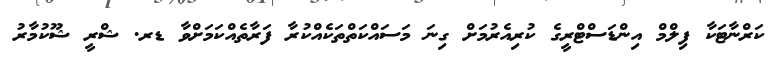
ކަރްނާޓަކާ ފިލްމް އިންޑަސްޓްރީގެ ކުރިއެރުމަށް ގިނަ މަސައްކަތްތަކެއްކުރާ ފަރާތެއްކަމަށްވާ ޑރ. ޝްރީ ޝޫކުމާރު